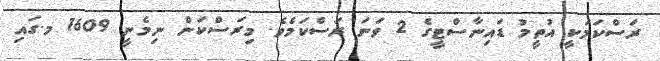
ރަސްކަމަކީ އުތީމު ޑައިނާސްޓީގެ 2 ވަނަ ރަސްކަމެވެ. މިރަސްކަން ނިމެނީ 1609 މ.ގައި